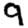
Digit: 9